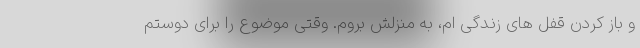
و باز کردن قفل های زندگی ام، به منزلش بروم. وقتی موضوع را برای دوستم